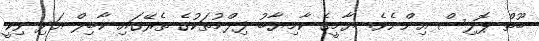
ބޫތް ޕޮލިސް އިންނެވެ. ޔާމީގެ ކާމިޔާބު ފިލްމުތަކުގެ ތެރޭގައި ކާބިލް އަދި ވިކީ